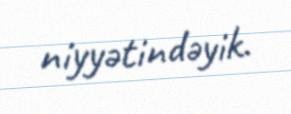
niyyətindəyik.